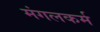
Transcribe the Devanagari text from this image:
मंगलकर्म